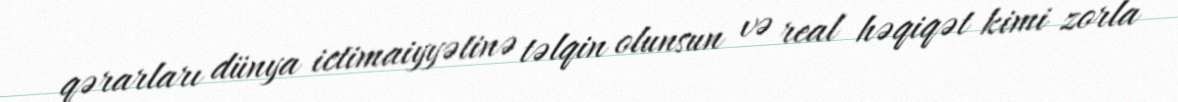
qərarları dünya ictimaiyyətinə təlqin olunsun və real həqiqət kimi zorla